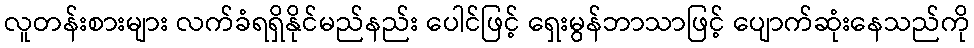
လူတန်းစားများ လက်ခံရရှိနိုင်မည်နည်း ပေါင်ဖြင့် ရှေးမွန်ဘာသာဖြင့် ပျောက်ဆုံးနေသည်ကို